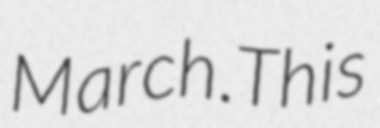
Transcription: March.This